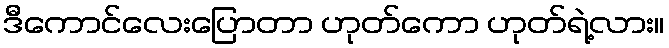
ဒီကောင်လေးပြောတာ ဟုတ်ကော ဟုတ်ရဲ့လား။